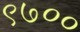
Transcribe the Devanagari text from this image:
९७००